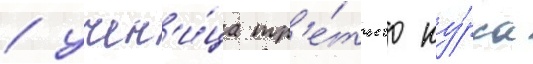
/ учен'и́ца тр'е́тьего ку́рса